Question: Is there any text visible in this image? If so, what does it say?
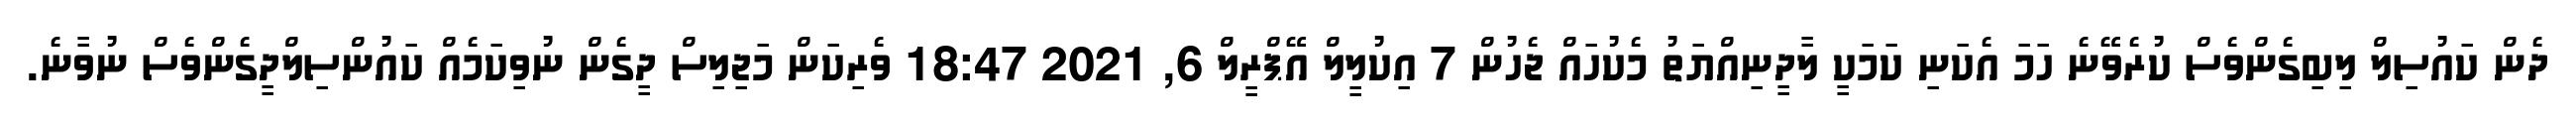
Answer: ދެން ކައުސިލް ލިބިގެންވެސް ކުރެވޭނެ ހަމަ އެކަނި ކަމަކީ ލާދީނިއްޔަތު މެކުހައް ޖެހުން 7 އިކުލީލް އޭޕްރީލް 6, 2021 18:47 ވެރިކަން މަޖިލިސް ދީގެން ނުވިކަމެއް ކައުންސިލްދީގެންވެސް ނުވާނެ.